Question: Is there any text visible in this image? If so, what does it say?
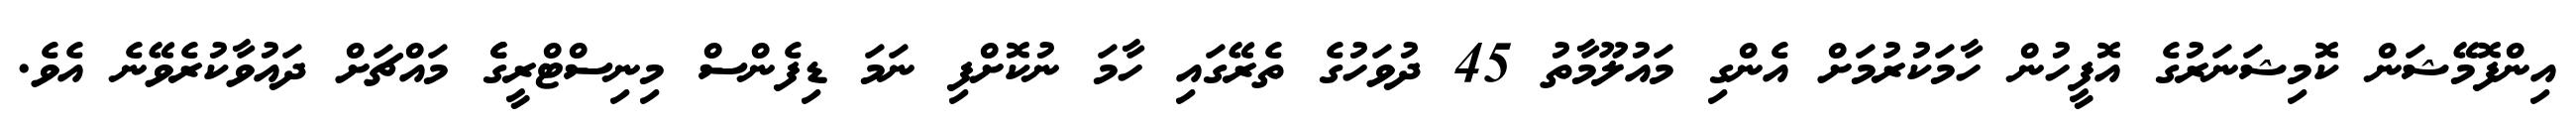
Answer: އިންފޮމޭޝަން ކޮމިޝަނަރުގެ އޮފީހުން ހާމަކުރުމަށް އެންގި މައުލޫމާތު 45 ދުވަހުގެ ތެރޭގައި ހާމަ ނުކޮށްފި ނަމަ ޑިފެންސް މިނިސްޓްރީގެެ މައްޗަށް ދައުވާކުރެވޭނެ އެވެ.